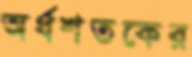
অর্ধশতকের